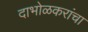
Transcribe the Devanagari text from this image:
दाभोळकरांचा